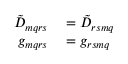
\begin{array} { r l } { \tilde { D } _ { m q r s } } & { { } = \tilde { D } _ { r s m q } } \\ { g _ { m q r s } } & { { } = g _ { r s m q } } \end{array}